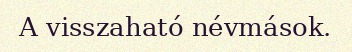
A visszaható névmások.